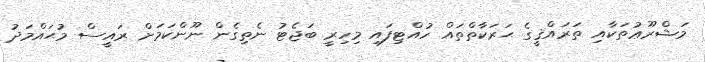
މަޝްރޫޢުތަކާއި ތަރައްޤީގެ ޙަރަކާތްތައް ހުއްޓިފައި މިހިރީ ބަޖެޓު ނެތިގެން ނޫންކަމަށް ރައީސް މުޙައްމަދު